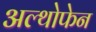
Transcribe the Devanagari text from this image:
अल्थोफेन